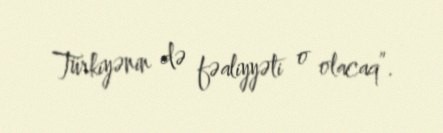
Türkiyənin də fəaliyyəti o olacaq”.